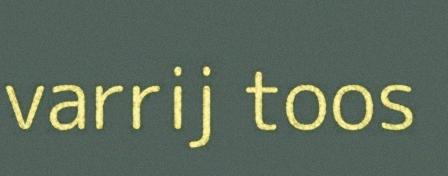
varrij toos